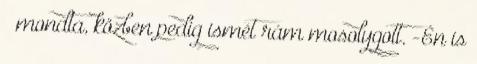
– mondta, közben pedig ismét rám mosolygott. -Én is